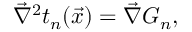
\vec { \nabla } ^ { 2 } t _ { n } ( \vec { x } ) = \vec { \nabla } G _ { n } ,